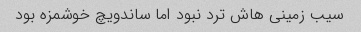
سیب زمینی هاش ترد نبود اما ساندویچ خوشمزه بود